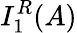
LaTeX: I_{1}^{R}(A)